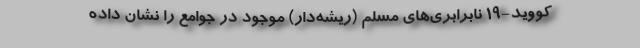
کووید-۱۹ نابرابری‌های مسلم (ریشه‌دار) موجود در جوامع را نشان داده